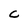
Character: C